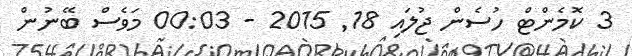
3 ކޮމެންޓް ހުސެން ޖުލައި 18